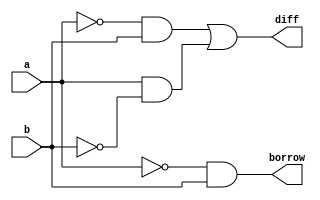
module halfsubtract(diff, borrow, a, b);

    input a, b;
    output diff, borrow;

    assign diff = (~a && b) || (a && ~b);
    assign borrow = !a && b;

endmodule